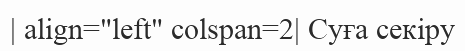
| align="left" colspan=2| Суға секіру